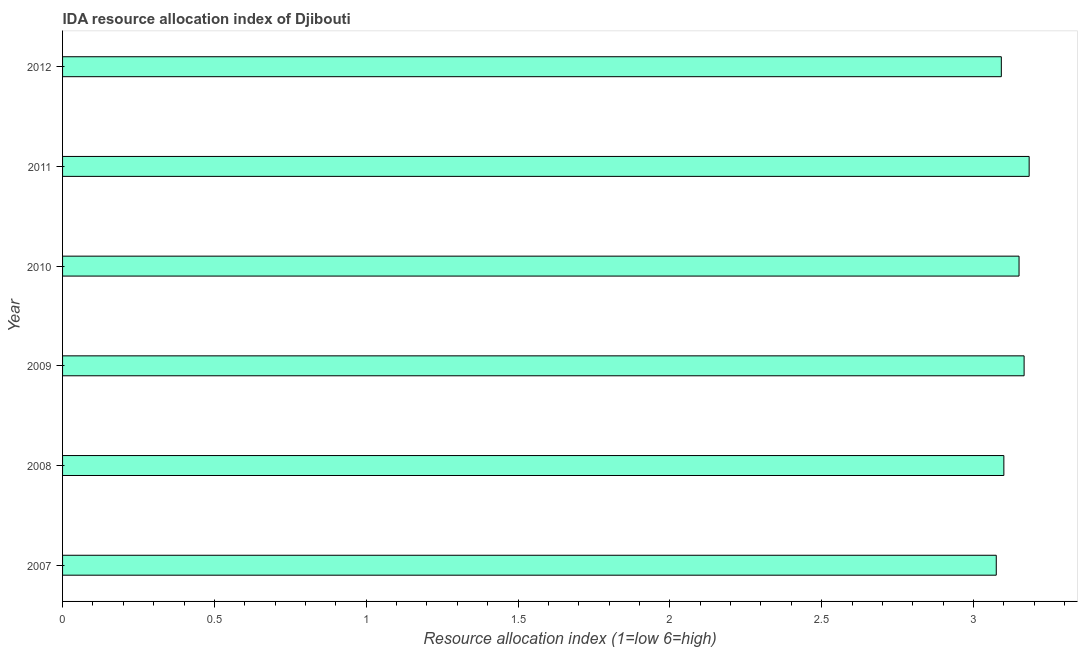
| Year | IDA resource allocation index |
 | --- | --- |
 | 2007 | 3.08 |
 | 2008 | 3.1 |
 | 2009 | 3.17 |
 | 2010 | 3.15 |
 | 2011 | 3.18 |
 | 2012 | 3.09 |